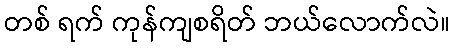
တစ် ရက် ကုန်ကျစရိတ် ဘယ်လောက်လဲ။